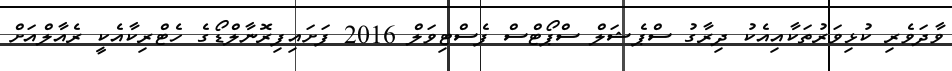
ވާދަވެރި ކުޅިވަރުތަކާއިއެކު ދިރާގު ސްޕެޝަލް ސްޕޯޓްސް ފެސްޓިވަލް 2016 ފަށައިފިރޮނާލްޑޯގެ ހެޓްރިކާއެކީ ރެއާލްއަށް